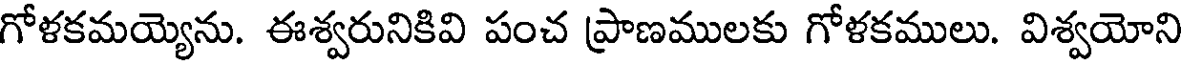
గోళకమయ్యెను. ఈశ్వరునికివి పంచ ప్రాణములకు గోళకములు. విశ్వయోని